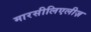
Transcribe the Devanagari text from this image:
मारसीलिएलीज़